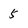
Character: 5